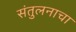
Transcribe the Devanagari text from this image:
संतुलनाचा